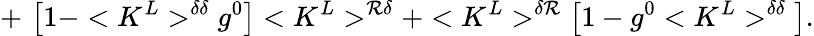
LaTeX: +\, \, \big[1-<K^{L}>^{\delta\delta}g^{0}\big]<K^{L}>^{\mathcal{R}\delta}+<K^{L}>^{\delta\mathcal{R}}\big[1-g^{0}<K^{L}>^{\delta\delta}\big].